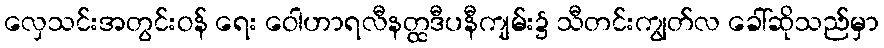
လှေသင်းအတွင်းဝန် ရေး ဝေါဟာရလီနတ္ထဒီပနီကျမ်း၌ သီတင်းကျွတ်လ ခေါ်ဆိုသည်မှာ